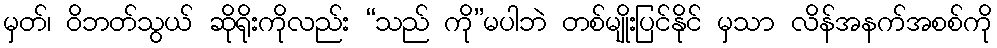
မှတ်၊ ဝိဘတ်သွယ် ဆိုရိုးကိုလည်း “သည် ကို”မပါဘဲ တစ်မျိုးပြင်နိုင် မှသာ လိန်အနက်အစစ်ကို